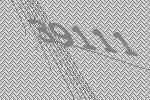
39111